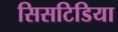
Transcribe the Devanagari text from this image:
सिसटिडिया